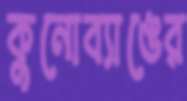
কুনোব্যাঙের